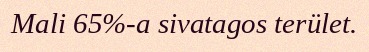
Mali 65%-a sivatagos terület.